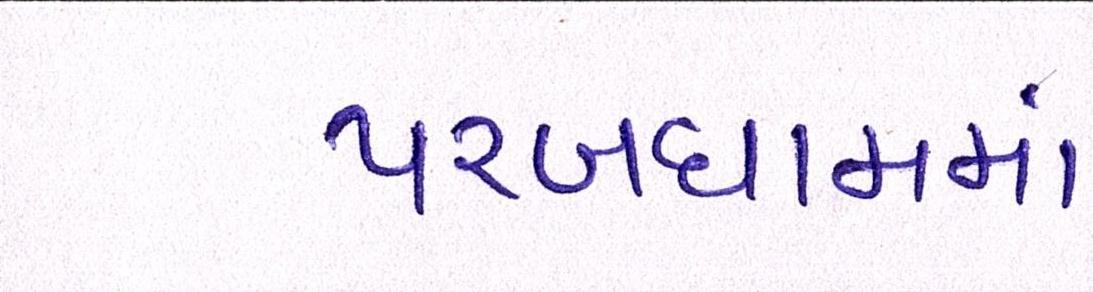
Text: પરબધામમાં